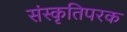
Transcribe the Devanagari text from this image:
संस्कृतिपरक